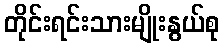
တိုင်းရင်းသားမျိုးနွယ်စု